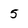
Character: 5